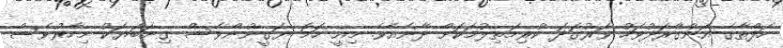
ހަފްތާގެ އަންގާރަދުވަހު ވަރުގަދަ ކުރިމަތިލުމަކަށް ދާނެއެވެ. މިއީ ހަމަ ޔަގީނުންވެސް ގިނަބަޔަކު މިހާރުވެސް